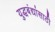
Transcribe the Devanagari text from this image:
युद्धबंद्यांसाठी